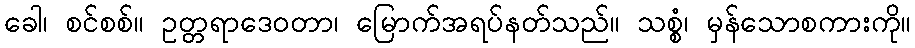
ခေါ၊ စင်စစ်။ ဥတ္တရာဒေဝတာ၊ မြောက်အရပ်နတ်သည်။ သစ္စံ၊ မှန်သောစကားကို။